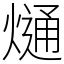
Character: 熥